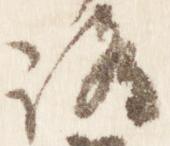
路